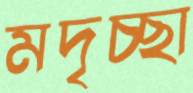
মদৃচ্ছা